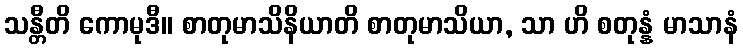
သန္တီတိ ကောမုဒီ။ စာတုမာသိနိယာတိ စာတုမာသိယာ, သာ ဟိ စတုန္နံ မာသာနံ